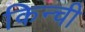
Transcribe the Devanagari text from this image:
किन्ची